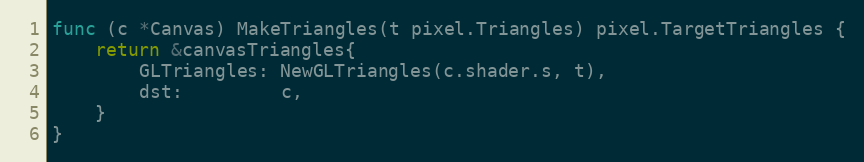
Language: Go
func (c *Canvas) MakeTriangles(t pixel.Triangles) pixel.TargetTriangles {
	return &canvasTriangles{
		GLTriangles: NewGLTriangles(c.shader.s, t),
		dst:         c,
	}
}